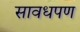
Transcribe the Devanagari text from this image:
सावधपण